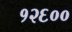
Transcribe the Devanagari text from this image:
१२६००